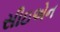
સીઇએન